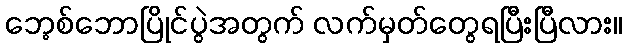
ဘေ့စ်ဘောပြိုင်ပွဲအတွက် လက်မှတ်တွေရပြီးပြီလား။